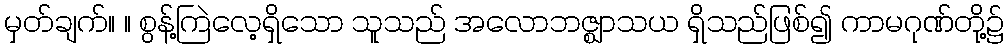
မှတ်ချက်။ ။ စွန့်ကြဲလေ့ရှိသော သူသည် အလောဘဇ္ဈာသယ ရှိသည်ဖြစ်၍ ကာမဂုဏ်တို့၌